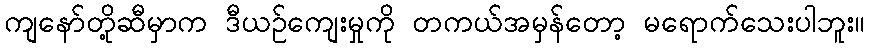
ကျနော်တို့ဆီမှာက ဒီယဉ်ကျေးမှုကို တကယ်အမှန်တော့ မရောက်သေးပါဘူး။